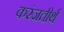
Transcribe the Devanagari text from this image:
करंजतीर्थ